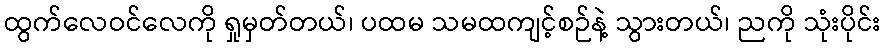
ထွက်လေဝင်လေကို ရှုမှတ်တယ်၊ ပထမ သမထကျင့်စဉ်နဲ့ သွားတယ်၊ ညကို သုံးပိုင်း